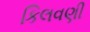
કિલવણી